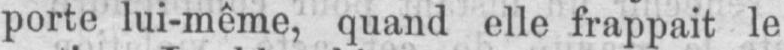
porte lui-même, quand elle frappait le